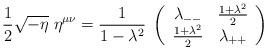
LaTeX: \begin{align*}{1\over 2}\sqrt{-\eta}\; \eta^{\mu\nu}= {1\over{1-\lambda^2}}\;\left(\begin{array}{cc}{\lambda_{--}} & {{{1+\lambda^2}\over 2}}\\{{{1+\lambda^2}\over 2}} & {\lambda_{++}}\end{array}\right)\end{align*}